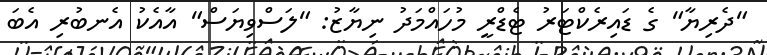
"ދެރިޔާ" ގެ ޑައިރެކްޓަރު ޓެޑްރީ މުހައްމަދު ނިޔާޒު: "ލަސްވިޔަސް" އާއެކު އެނބުރި އެބަ